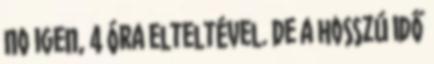
No igen, 4 óra elteltével. De a hosszú idő